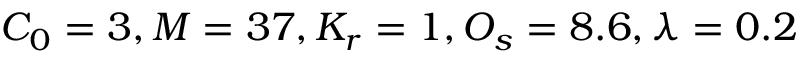
C _ { 0 } = 3 , M = 3 7 , K _ { r } = 1 , O _ { s } = 8 . 6 , \lambda = 0 . 2